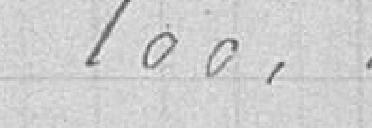
100